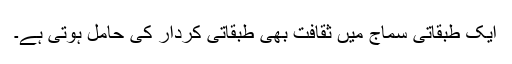
ایک طبقاتی سماج میں ثقافت بھی طبقاتی کردار کی حامل ہوتی ہے۔